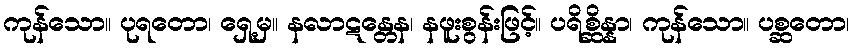
ကုန်သော။ ပုရတော၊ ရှေ့မှ။ နလာဋန္တေန၊ နဖူးစွန်းဖြင့်။ ပရိစ္ဆိန္နာ၊ ကုန်သော။ ပစ္ဆတော၊